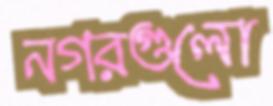
নগরগুলো